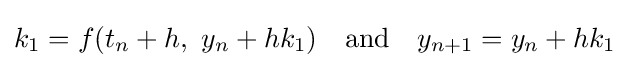
k_{1}=f(t_{n}+h,\ y_{n}+hk_{1})\quad {\text{and}}\quad y_{n+1}=y_{n}+hk_{1}